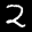
Label: 2